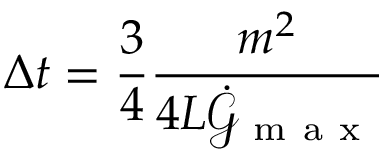
\Delta t = \frac { 3 } { 4 } \frac { m ^ { 2 } } { 4 L \dot { \mathcal { G } } _ { \mathrm { ~ m ~ a ~ x ~ } } }